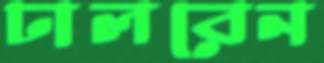
ঢালবেন